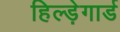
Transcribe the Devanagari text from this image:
हिल्ड़ेगार्ड